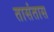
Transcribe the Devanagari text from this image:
तासंतास